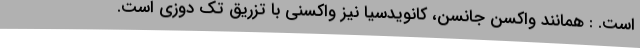
است. : همانند واکسن جانسن، کانویدسیا نیز واکسنی با تزریق تک دوزی است.